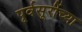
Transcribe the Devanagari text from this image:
पूर्वसूरींच्या